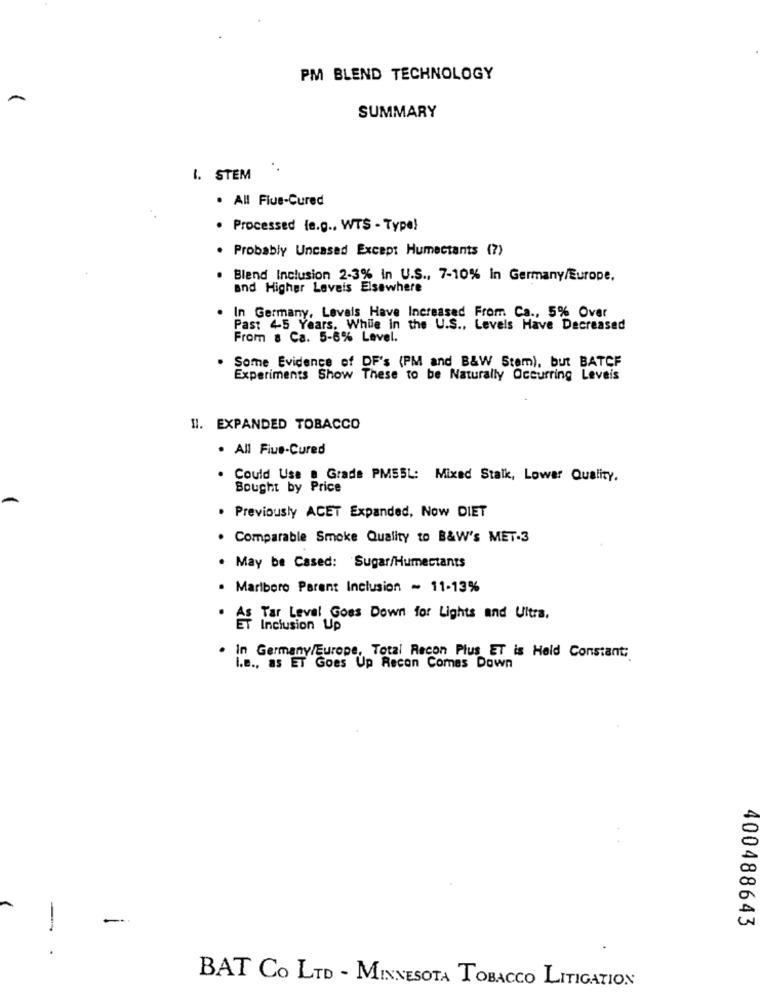
PM BLEND TECHNOLOGY
SUMMARY
1. STEM
. All Flue-Cured
· Processed (e.g ., WTS - Type)
. Probably Uncased Except Humectants (7)
. Blend Inclusion 2-3% In U.S ., 7-10% in Germany/Europe.
and Higher Levels Elsewhere
In Germany, Levels Have Increased From Ca ., 5% Over
Past 45 Years, While in the U.S ., Levels Have Decreased
From & Ca. 5-6% Level.
. Some Evidence of DF's (PM and B&W Stem), but BATCF
Experiments Show These to be Naturally Occurring Leveis
Il. EXPANDED TOBACCO
· All Fius-Cured
Could Use a Grade PMSSL: Mixed Stalk, Lower Quality.
Bought by Price
. Previously ACET Expanded, Now DIET
. Comparable Smoke Quality to B&W's MET.3
. May be Cased: Sugar/Humectants
. Marlboro Parent Inclusion - 11-13%
Tar Level Goes Down for Lights and Ultra.
ET Inclusion Up
. In Germany/Europe, Total Recon Plus ET is Held Constant;
i.e ., as ET Goes Up Recon Comes Down
-
-
400488643
BAT CO LTD - MINNESOTA TOBACCO LITIGATION